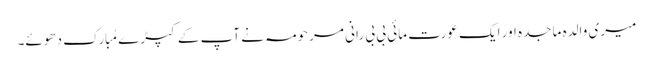
میری والدہ ماجدہ اور ایک عورت مائی بی بی رانی مرحومہ نے آپ کے کپڑے مُبارک دھوئے۔